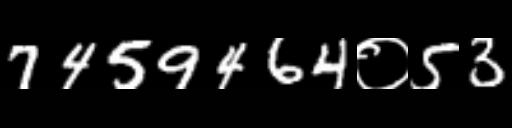
Text: 7459464०53